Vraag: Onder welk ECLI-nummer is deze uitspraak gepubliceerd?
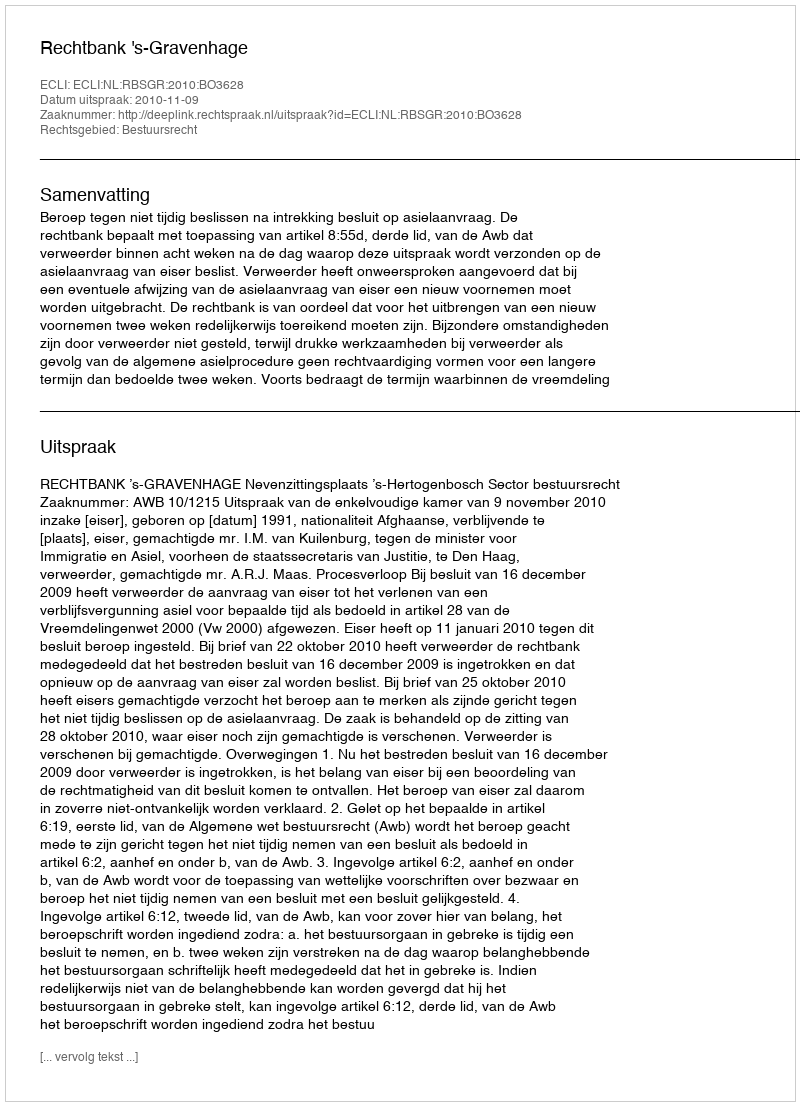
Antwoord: ECLI:NL:RBSGR:2010:BO3628